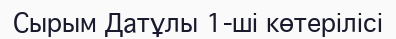
Сырым Датұлы 1-ші көтерілісі